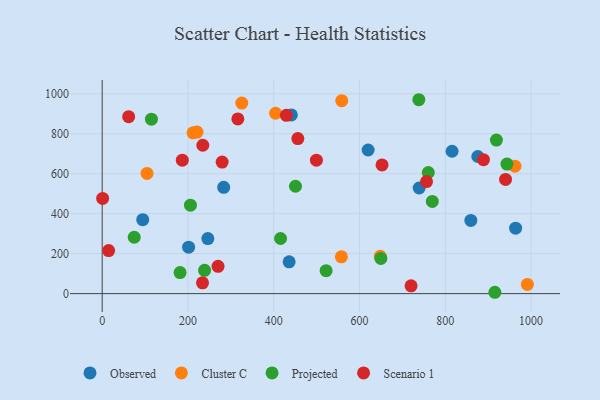
{"axis": {"x": "Speed", "y": "Profit"}, "legend": ["Cluster C", "Observed", "Projected", "Scenario 1"], "data": [{"x": "815.8", "y": 712.5, "type": "Observed"}, {"x": "283.3", "y": 532.2, "type": "Observed"}, {"x": "201.5", "y": 232.5, "type": "Observed"}, {"x": "739.1", "y": 528.8, "type": "Observed"}, {"x": "964.0", "y": 327.7, "type": "Observed"}, {"x": "435.9", "y": 159.3, "type": "Observed"}, {"x": "859.6", "y": 366.2, "type": "Observed"}, {"x": "94.5", "y": 370.3, "type": "Observed"}, {"x": "875.8", "y": 686.3, "type": "Observed"}, {"x": "441.1", "y": 894.2, "type": "Observed"}, {"x": "246.3", "y": 275.5, "type": "Observed"}, {"x": "620.1", "y": 718.8, "type": "Observed"}, {"x": "648.4", "y": 187.2, "type": "Cluster C"}, {"x": "557.7", "y": 184.1, "type": "Cluster C"}, {"x": "211.9", "y": 804.6, "type": "Cluster C"}, {"x": "558.6", "y": 965.5, "type": "Cluster C"}, {"x": "221.1", "y": 808.5, "type": "Cluster C"}, {"x": "104.5", "y": 601.5, "type": "Cluster C"}, {"x": "325.4", "y": 953.7, "type": "Cluster C"}, {"x": "962.4", "y": 637.9, "type": "Cluster C"}, {"x": "991.4", "y": 45.9, "type": "Cluster C"}, {"x": "404.3", "y": 902.8, "type": "Cluster C"}, {"x": "205.8", "y": 442.6, "type": "Projected"}, {"x": "769.7", "y": 461.4, "type": "Projected"}, {"x": "760.4", "y": 606.2, "type": "Projected"}, {"x": "238.7", "y": 116.7, "type": "Projected"}, {"x": "415.9", "y": 275.9, "type": "Projected"}, {"x": "649.8", "y": 176.2, "type": "Projected"}, {"x": "738.3", "y": 970.5, "type": "Projected"}, {"x": "450.7", "y": 537.4, "type": "Projected"}, {"x": "915.6", "y": 6.8, "type": "Projected"}, {"x": "919.2", "y": 768.8, "type": "Projected"}, {"x": "181.6", "y": 105.5, "type": "Projected"}, {"x": "522.1", "y": 114.9, "type": "Projected"}, {"x": "114.8", "y": 873.3, "type": "Projected"}, {"x": "943.8", "y": 648.2, "type": "Projected"}, {"x": "74.7", "y": 282.3, "type": "Projected"}, {"x": "652.5", "y": 644.1, "type": "Scenario 1"}, {"x": "61.7", "y": 885.9, "type": "Scenario 1"}, {"x": "456.2", "y": 775.9, "type": "Scenario 1"}, {"x": "233.9", "y": 54.3, "type": "Scenario 1"}, {"x": "270.1", "y": 136.9, "type": "Scenario 1"}, {"x": "316.3", "y": 874.5, "type": "Scenario 1"}, {"x": "756.2", "y": 560.8, "type": "Scenario 1"}, {"x": "234.6", "y": 742.7, "type": "Scenario 1"}, {"x": "720.2", "y": 38.9, "type": "Scenario 1"}, {"x": "15.0", "y": 215.5, "type": "Scenario 1"}, {"x": "429.5", "y": 892.5, "type": "Scenario 1"}, {"x": "889.0", "y": 670.3, "type": "Scenario 1"}, {"x": "186.8", "y": 668.0, "type": "Scenario 1"}, {"x": "279.7", "y": 658.3, "type": "Scenario 1"}, {"x": "499.5", "y": 668.0, "type": "Scenario 1"}, {"x": "1.0", "y": 476.4, "type": "Scenario 1"}, {"x": "940.5", "y": 571.6, "type": "Scenario 1"}]}